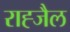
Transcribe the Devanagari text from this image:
राह्जैल